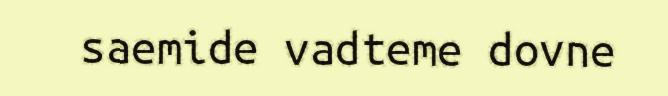
saemide vadteme dovne